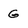
Character: G